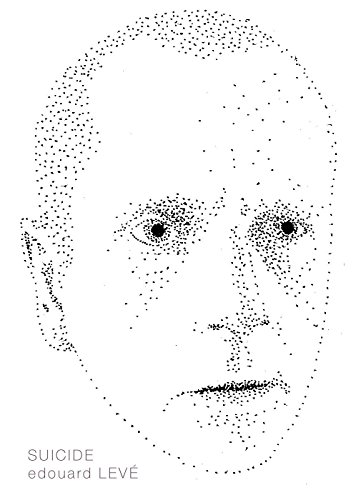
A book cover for Suicide (French Literature); Edouard LevÃ©; Literature & Fiction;